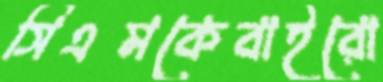
সিএমকেবাইরো